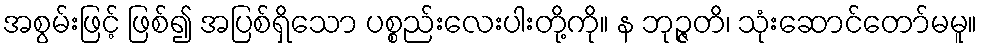
အစွမ်းဖြင့် ဖြစ်၍ အပြစ်ရှိသော ပစ္စည်းလေးပါးတို့ကို။ န ဘုဉ္ဇတိ၊ သုံးဆောင်တော်မမူ။